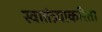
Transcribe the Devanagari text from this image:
स्वातंत्र्याकरिता